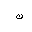
Letter: _non